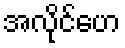
အလိုင်ဟေ